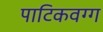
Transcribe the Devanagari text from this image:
पाटिकवग्ग